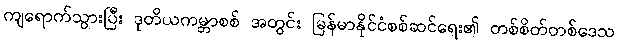
ကျရောက်သွားပြီး ဒုတိယကမ္ဘာစစ် အတွင်း မြန်မာနိုင်ငံစစ်ဆင်ရေး၏ တစ်စိတ်တစ်ဒေသ